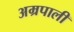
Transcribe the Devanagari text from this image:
अम्रपाली